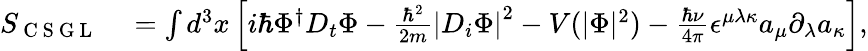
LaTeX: \begin{array}{rl}{S_{\mathrm{~C~S~G~L~}}}&{{}=\int d^{3}x\left[i\hbar\Phi^{\dagger}D_{t}\Phi-\frac{\hbar^{2}}{2m}\left|D_{i}\Phi\right|^{2}-V(|\Phi|^{2})-\frac{\hbar\nu}{4\pi}\epsilon^{\mu\lambda\kappa}a_{\mu}\partial_{\lambda}a_{\kappa}\right],}\end{array}